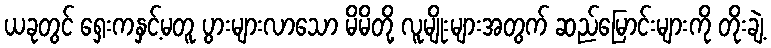
ယခုတွင် ရှေးကနှင့်မတူ ပွားများလာသော မိမိတို့ လူမျိုးများအတွက် ဆည်မြောင်းများကို တိုးချဲ့